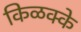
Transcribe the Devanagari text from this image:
किळक्के